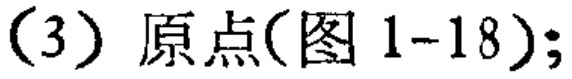
(3) 原点(图 1-18);